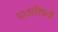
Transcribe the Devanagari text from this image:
था।परिषदों